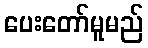
ပေးတော်မူမည်